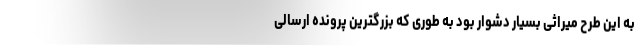
به این طرح میراثی بسیار دشوار بود به طوری که بزرگترین پرونده ارسالی